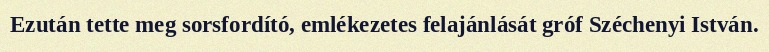
Ezután tette meg sorsfordító, emlékezetes felajánlását gróf Széchenyi István.